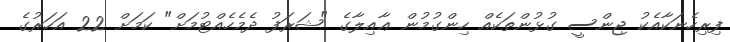
ފިރިހެނަކާއެކު ޖިންސީ ގުޅުންތަކެއް ހިންގުމުން ޢާއިލާގެ "ޝަރަފު ދެމެހެއްޓުމަށް" ކަމަށް 22 އަހަރުގެ